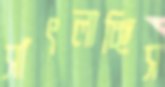
সাঁৎলাচ্ছিস